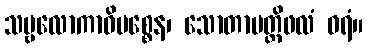
သဗ္ဗလောကာဓိပစ္စေန၊ သောတာပတ္တိဖလံ ဝရံ။